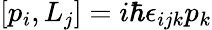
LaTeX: \left[p_{i},L_{j}\right]=i\hbar\epsilon_{ijk}p_{k}